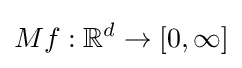
Mf:\mathbb {R} ^{d}\to [0,\infty ]